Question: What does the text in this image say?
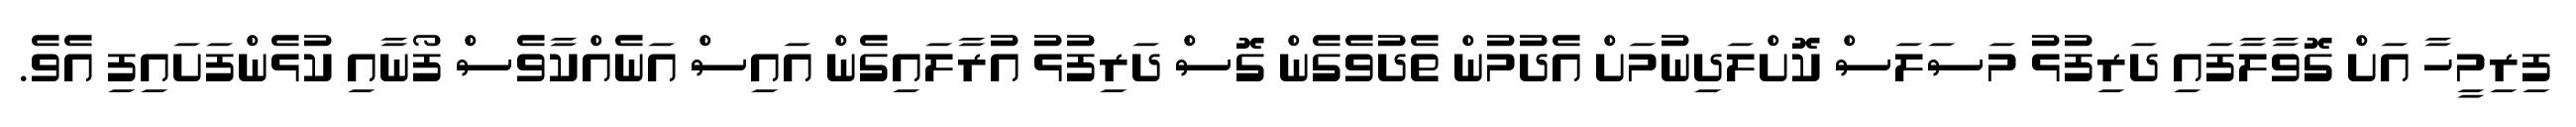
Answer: ފިރިމީހާ އަށް ގޮވާލާފައި ދަރިފުޅު މަސަލަސް ކޮށްލަދިނުމަށް އެދުމުން ތެދުވެގެން ގޮސް ދަރިފުޅު އުރާލައިގެން އައިސް އަނެއްކާވެސް ފޯނާއި ކުޅެންފަށައިފި އެވެ.